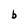
Character: b